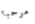
مرحبا